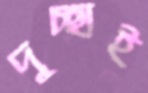
দুচ্ছাই